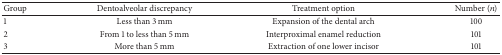
<table><thead><tr><td><b>Group</b></td><td><b>Dentoalveolar discrepancy</b></td><td><b>Treatment option</b></td><td><b>Number (<i>n</i>)</b></td></tr></thead><tbody><tr><td>1</td><td>Less than 3 mm</td><td>Expansion of the dental arch</td><td>100</td></tr><tr><td>2</td><td>From 1 to less than 5 mm</td><td>Interproximal enamel reduction</td><td>101</td></tr><tr><td>3</td><td>More than 5 mm</td><td>Extraction of one lower incisor</td><td>101</td></tr></tbody></table>